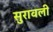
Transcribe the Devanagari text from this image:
सुरावली